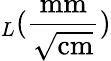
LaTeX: _L(\frac{\mathrm{mm}}{\sqrt{\mathrm{cm}}})